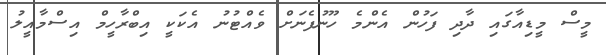
މީސް މީޑިއާގައި ދާދި ފަހުން އެންމެ ހޫނުފެނަށް ވެއްޓުނު އެކަކީ އިބްރާހީމް އިސްމާއީލު